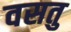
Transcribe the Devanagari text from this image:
वसतु